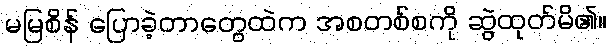
မမြစိန် ပြောခဲ့တာတွေထဲက အစတစ်စကို ဆွဲထုတ်မိ၏။